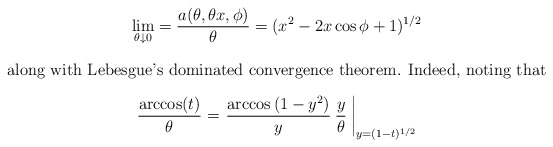
\begin{align*} \lim_{\theta\downarrow 0} = \frac{a(\theta,\theta x,\phi)}{\theta} = (x^2 - 2x\cos\phi + 1)^{1/2}\end{align*}along with Lebesgue's dominated convergence theorem. Indeed, noting that \begin{align*}\frac{\arccos(t)}{\theta} = \left. \frac{\arccos \left( 1 - y^2 \right)}{y} \: \frac{y}{\theta} \: \right|_{y = (1-t)^{1/2}}\end{align*}